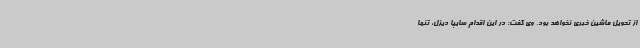
از تحویل ماشین خبری نخواهد بود. وی گفت: در این اقدام سایپا دیزل، تنها